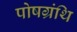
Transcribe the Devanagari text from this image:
पोषग्रंथि